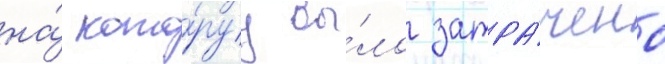
на́ кото́руу бы́ло затра́чено